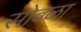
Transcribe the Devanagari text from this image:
सोवळा